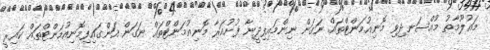
މައުލޫމާތު މުއްސަނދިވި މޮނިއުމަންޓްތައް ނަގަން ނިންމައިފިދީނާ ފުށުއަރާ މޮނިއުމަންޓްތައް ނަގަން އަންގައިފިމޮނިއުމަންޓްތައް ކައިރީ